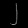
Digit: ၂